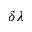
\delta \lambda